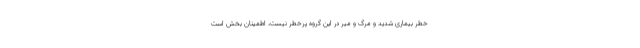
خطر بیماری شدید و مرگ و میر در این گروه پرخطر نیست، اطمینان بخش است